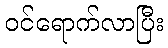
ဝင်ရောက်လာပြီး